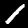
Digit: 1